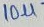
Text: 10µ